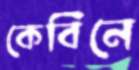
কেবিনে